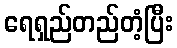
ရေရှည်တည်တံ့ပြီး